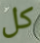
كل